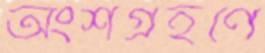
অংশগ্রহণে